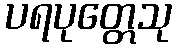
ပရပုတ္တေသု